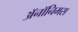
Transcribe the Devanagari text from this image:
ॲनॉनिमस